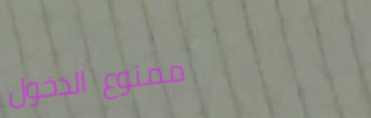
ممنوع الدخول